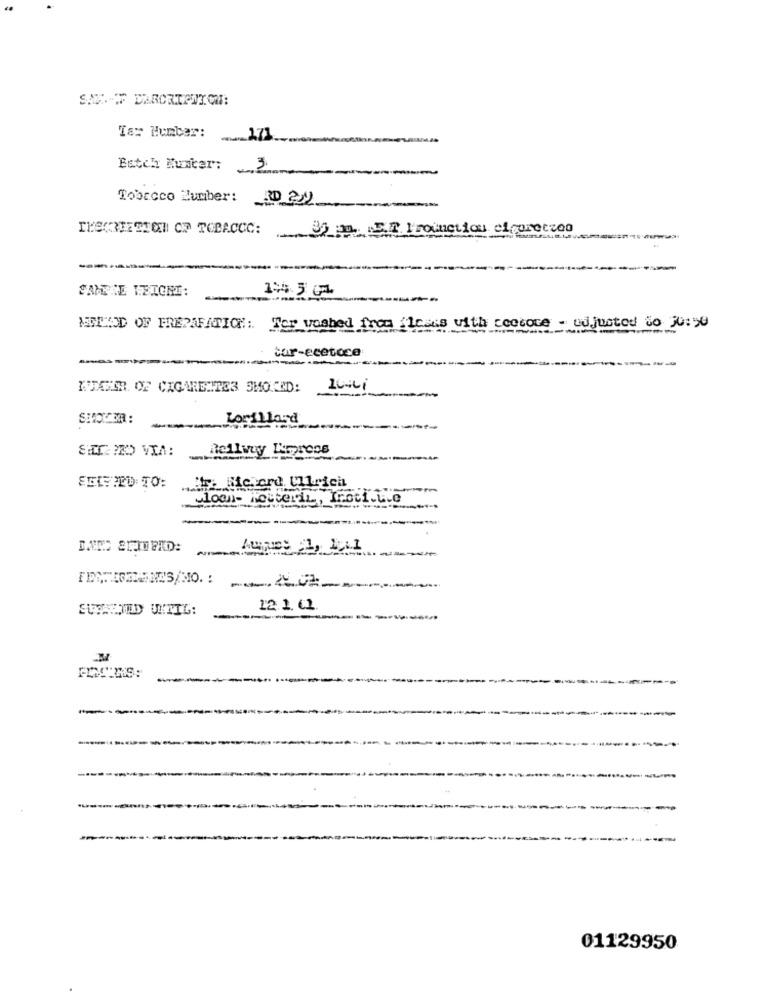
Tar Number:
-171
Batch Munter:
3
Tobacco Number: D
INSCRIETTOI OP TOBACCC:
35 . 5.2. Production elcoreczoo
-------
SAPERE WEIGHT:
MERED OF PREPARATION: Tor washed from flasks with coccoce - adjusted to 30: 50
tar-ecetoca
ITENIN OF CIGARDITE3 SMOKED:
Lorillard
SETT PRO VIA:
Bellwuy Kmpress
mit fichero. Ullrich
. Routerin, Inoti.L.e
SURTOUTED UNTIG:
12.1. 61
01129950